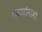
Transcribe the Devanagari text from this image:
ग्वातोनामो